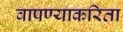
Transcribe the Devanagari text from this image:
वापण्‍याकरिता